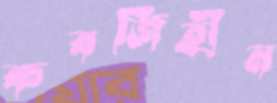
কবজিহীন